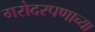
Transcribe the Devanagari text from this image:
गरोदरपणाच्या